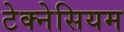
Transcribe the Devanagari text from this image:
टेक्नेसियम